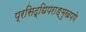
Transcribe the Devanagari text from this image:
प्रसिद्धिपराङ्‌मुखपणे